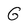
Character: G